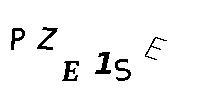
PZE1SE